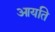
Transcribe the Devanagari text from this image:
आयति